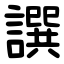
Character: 譔